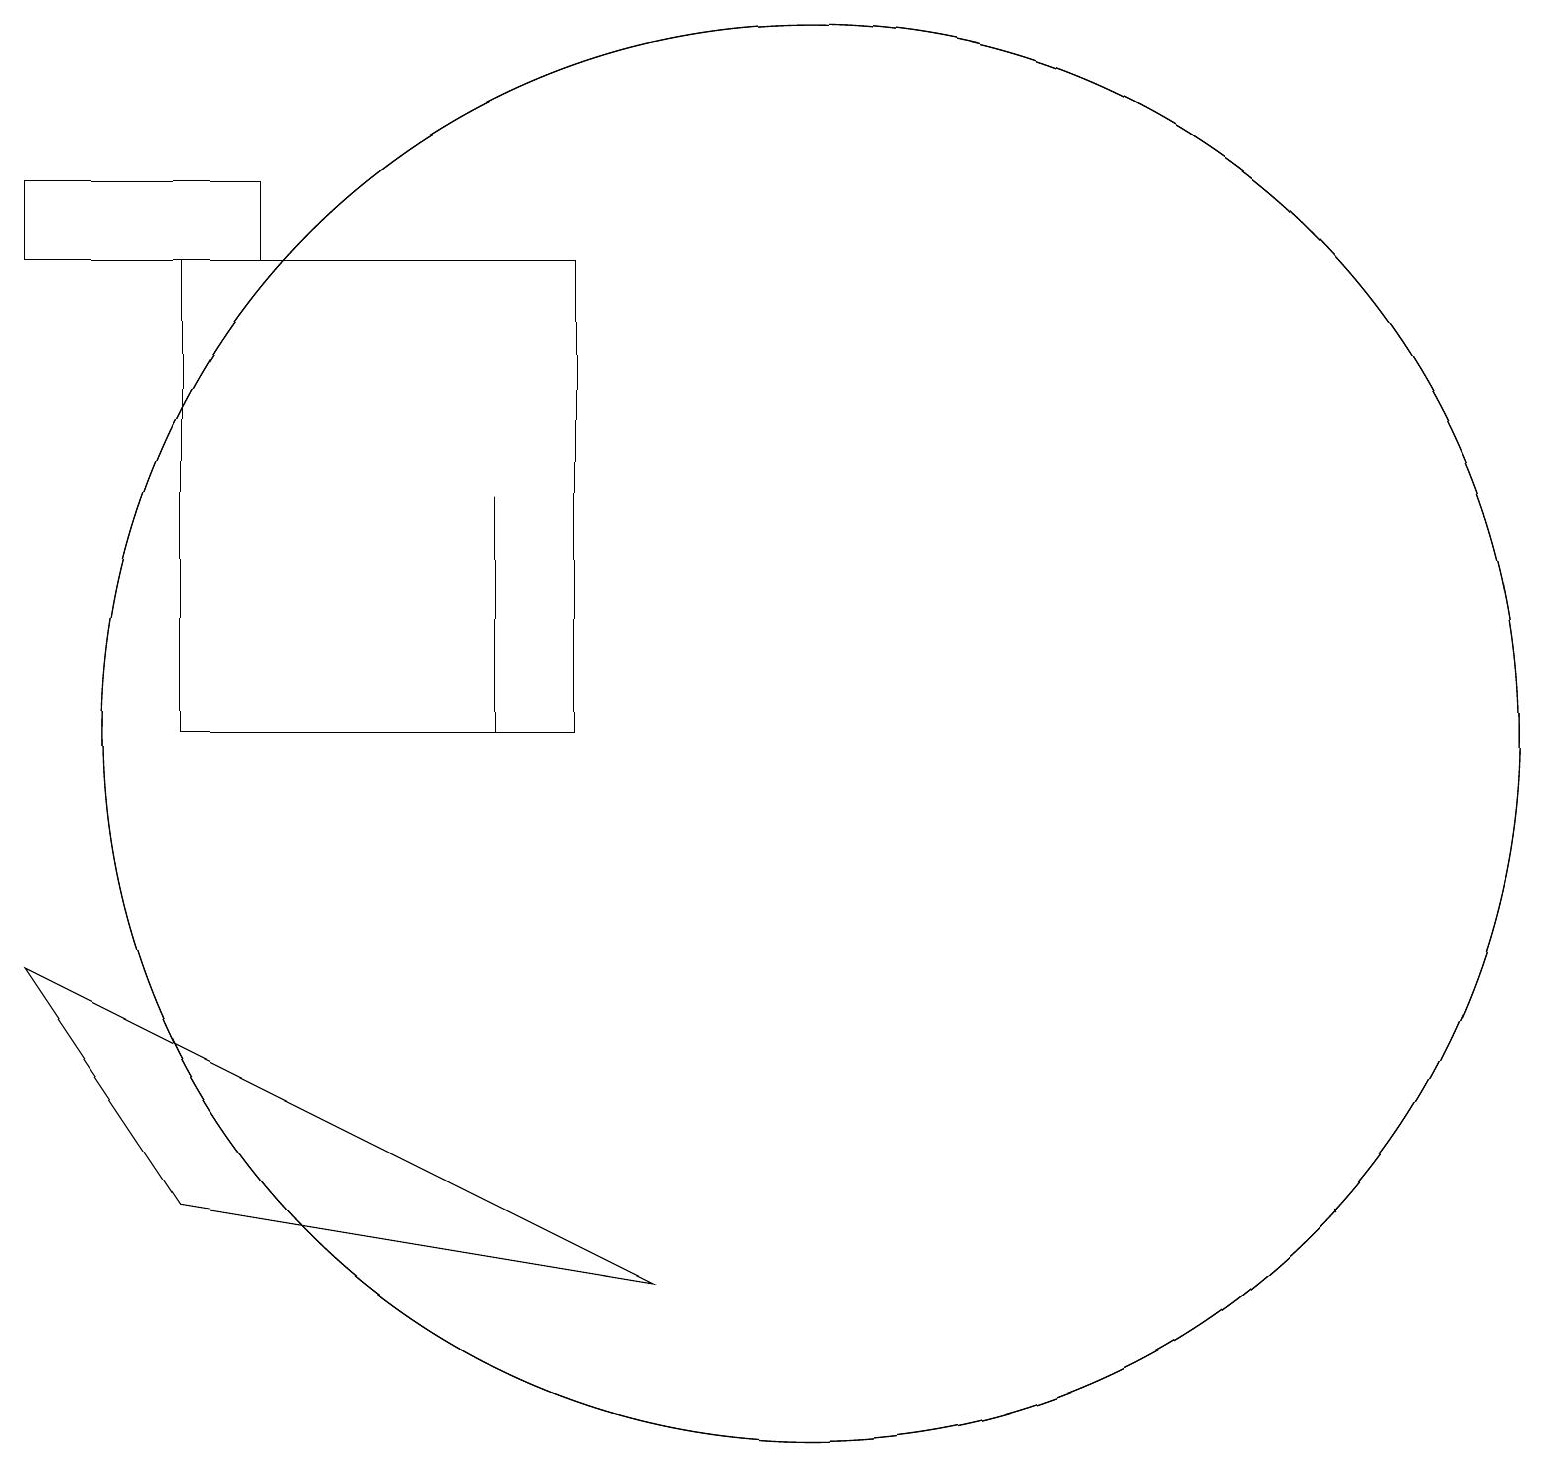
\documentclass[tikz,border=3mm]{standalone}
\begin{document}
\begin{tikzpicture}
\draw (0,17) rectangle (3,18);
\draw (10,11) circle (9);
\draw (10,11) circle (9);
\draw (7,17) rectangle (2,11);
\draw (6,11) rectangle (6,14);
\draw (0,8) -- (8,4) -- (2,5) -- cycle;
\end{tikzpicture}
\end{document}